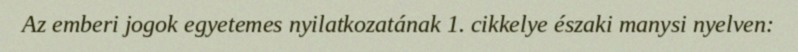
Az emberi jogok egyetemes nyilatkozatának 1. cikkelye északi manysi nyelven: